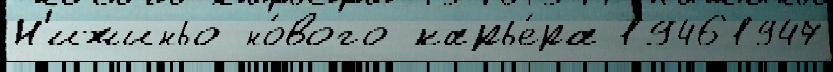
Н'ижиньо но́вого карье́ра 19461947